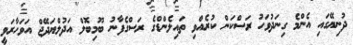
ދުނިޔޭގައި އެންމެ ގިނަދުވަހު ރަސްކަން ކުރެއްވި ތައިލެންޑްގެ ރަސްގެފާނު ބޫމިބޮލް އަދުލްޔަދޭޖް އަވަހާރަވީ